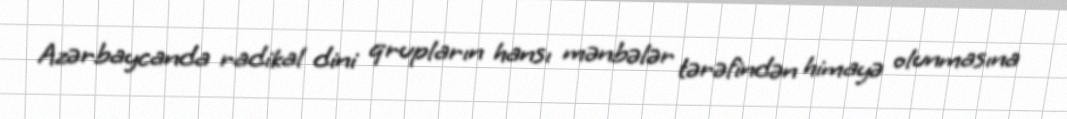
Azərbaycanda radikal dini qrupların hansı mənbələr tərəfindən himayə olunmasına